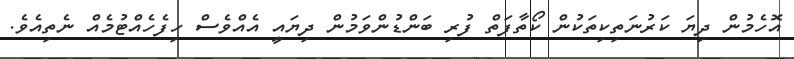
އޮހެމުން ދިޔަ ކަރުނަތިކިތަކުން ކޯތާފަތް ފުރި ބަންޑުންވަމުން ދިޔައީ އެއްވެސް ހިފެހެއްޓުމެއް ނެތިއެވެ.